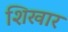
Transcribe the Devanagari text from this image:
शिखार